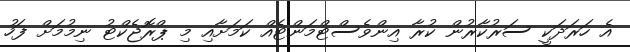
އެ ހަރަދަކީ ސަރުކާރުން ކުރާ އިންވެސްޓްމަންޓެއް ކަމަށާއި މި ޕްރޮޖެކްޓު ނިމުމަށް ފަހު